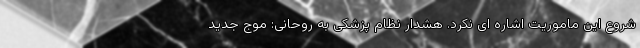
شروع این ماموریت اشاره ای نکرد. هشدار نظام پزشکی به روحانی: موج جدید